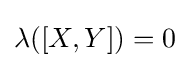
\lambda ([X,Y])=0